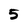
Character: 5